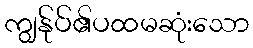
ကျွန်ုပ်၏ပထမဆုံးသော